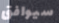
سيوافق